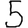
Digit: 5